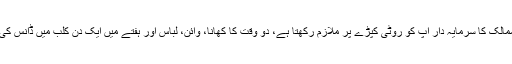
مغربی ممالک کا سرمایہ دار آپ کو روٹی کپڑے پر ملازم رکھتا ہے، دو وقت کا کھانا، وائن، لباس اور ہفتے میں ایک دن کلب میں ڈانس کی سہولت!